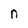
Character: n